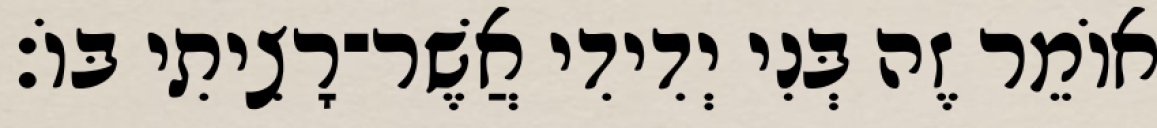
אוֹמֵר זֶה בְּנִי יְדִידִי אֲשֶׁר־רָצִיתִי בּוֹ׃